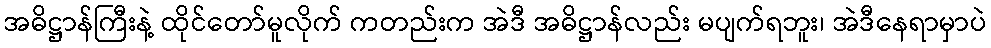
အဓိဋ္ဌာန်ကြီးနဲ့ ထိုင်တော်မူလိုက် ကတည်းက အဲဒီ အဓိဋ္ဌာန်လည်း မပျက်ရဘူး၊ အဲဒီနေရာမှာပဲ